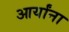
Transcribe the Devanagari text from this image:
आर्यांना